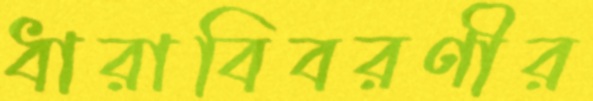
ধারাবিবরণীর